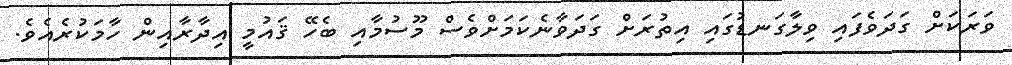
ވަރަކަށް ގަދަވެފައި ވިލާގަނޑުގައި އިތުރަށް ގަދަވާނެކަމަށްވެސް މޫސުމާއި ބެހޭ ޤައުމީ އިދާރާއިން ހާމަކުރެއެވެ.